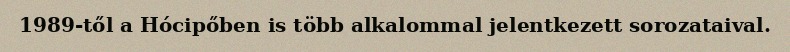
1989-től a Hócipőben is több alkalommal jelentkezett sorozataival.